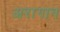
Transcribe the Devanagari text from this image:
अरागान